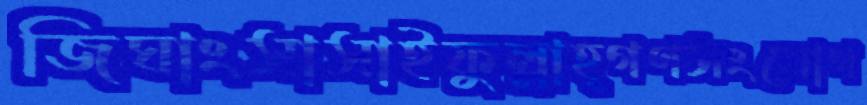
জিঘাংসাসাইফুল্লাহ্গণসংযোগ